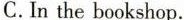
C.In the bookshop.